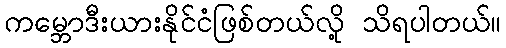
ကမ္ဘောဒီးယားနိုင်ငံဖြစ်တယ်လို့ သိရပါတယ်။